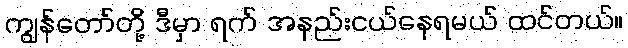
ကျွန်တော်တို့ ဒီမှာ ရက် အနည်းငယ်နေရမယ် ထင်တယ်။